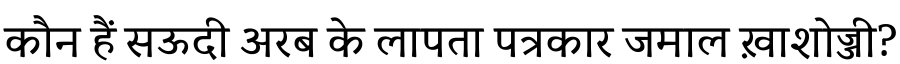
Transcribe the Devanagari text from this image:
कौन हैं सऊदी अरब के लापता पत्रकार जमाल ख़ाशोज्जी?